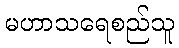
မဟာသရေစည်သူ